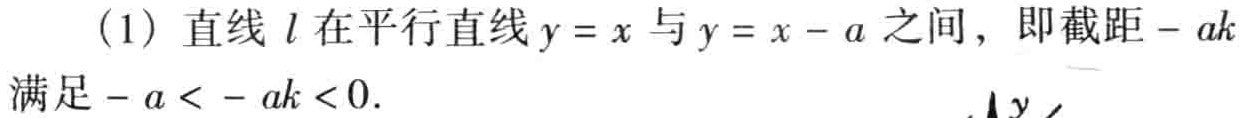
(1) 直线 \(l\) 在平行直线 \(y = x\) 与 \(y = x - a\) 之间，即截距 \(-ak\) 满足 \(-a < -ak < 0\).